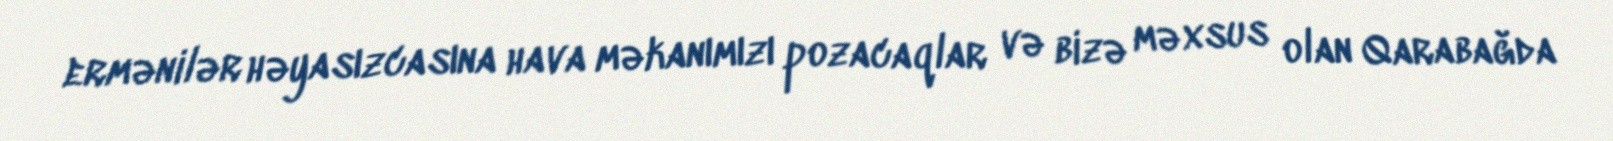
ermənilər həyasızcasına hava məkanımızı pozacaqlar və bizə məxsus olan Qarabağda